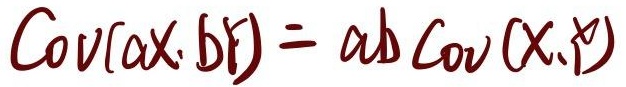
\(\text{Cov}(aX,bY)= ab\text{ Cov}(X,Y)\)